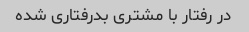
در رفتار با مشتری بدرفتاری شده